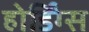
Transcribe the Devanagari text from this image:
होर्डिंग्स